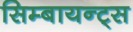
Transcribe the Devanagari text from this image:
सिम्बायन्ट्स